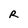
Character: R